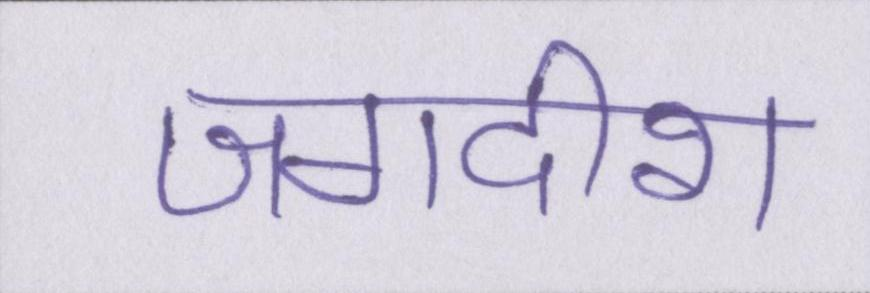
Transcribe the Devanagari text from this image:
जगदीश